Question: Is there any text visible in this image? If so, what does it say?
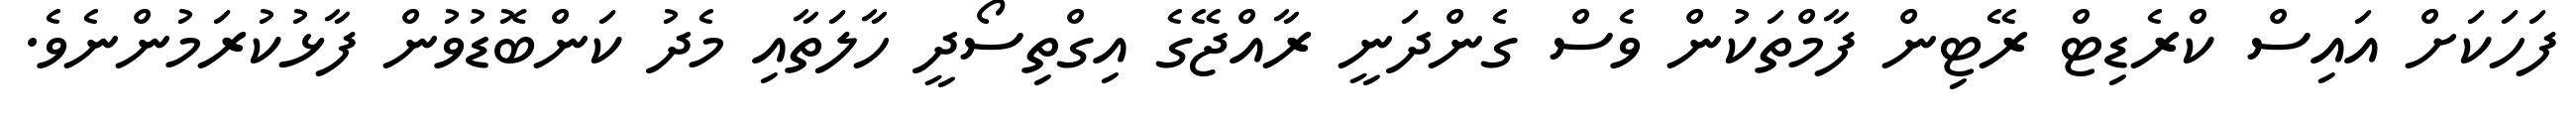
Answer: ފަހަކަށް އައިސް ކްރެޑިޓް ރޭޓިން ފާމްތަކުން ވެސް ގެންދަނީ ރާއްޖޭގެ އިގްތިސޯދީ ހާލަތާއި މެދު ކަންބޮޑުވުން ފާޅުކުރަމުންނެވެ.